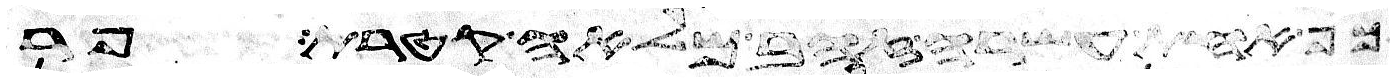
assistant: כף אחת עשרה זהב מלאה קטרת פר